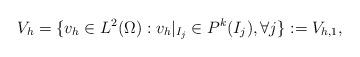
LaTeX: \begin{align*}V_h = \{v_h\in L^2(\Omega): v_h|_{I_j} \in P^k(I_j), \forall j\} := V_{h,1}, \end{align*}